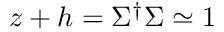
z + h = \Sigma ^ { \dagger } \Sigma \simeq 1